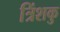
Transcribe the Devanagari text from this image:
त्रिंशकु